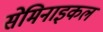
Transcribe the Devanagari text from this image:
सेमिनाइकल